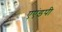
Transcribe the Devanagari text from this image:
एएंडपी